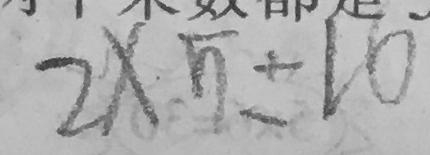
2 \times 5 = 1 0